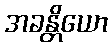
အခန္တိယော